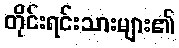
တိုင်းရင်းသားများ၏